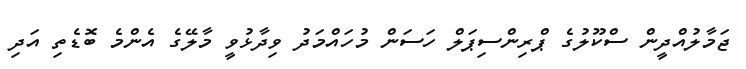
ޖަމާލުއްދީން ސްކޫލުގެ ޕްރިންސިޕަލް ހަސަން މުހައްމަދު ވިދާޅުވީ މާލޭގެ އެންމެ ބޮޑެތި އަދި